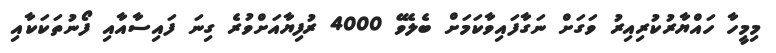
މިމީހާ ހައްޔާރުކުރިއިރު ވަގަށް ނަގާފައިވާކަމަށް ބެލެވޭ 4000 ރުފިޔާއަށްވުރެ ގިނަ ފައިސާއާއި ފޯނުތަކަކާއި